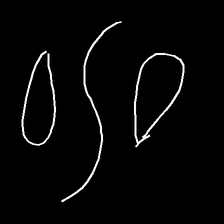
Glyph: water